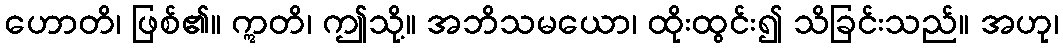
ဟောတိ၊ ဖြစ်၏။ ဣတိ၊ ဤသို့။ အဘိသမယော၊ ထိုးထွင်း၍ သိခြင်းသည်။ အဟု၊